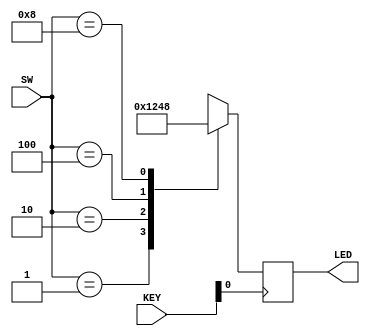
module vender(                                 
                                                                   
    input [3:0] SW,			//Inputs for choices
    input [1:0] KEY,			//Inputs for payment
    output reg [3:0] LED	//Outputs for LEDs
);

assign button = ~KEY[0];

// each product is worth 1 quarter
always @(posedge button) begin

        case (SW)
            1: LED <= 4'b0001;
            2: LED <= 4'b0010;
            4: LED <= 4'b0100;
            8: LED <= 4'b1000;
            default: LED <= 4'bxxxx; // don't care if switch config is invalid
        endcase
    end

endmodule